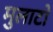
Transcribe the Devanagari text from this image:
मुलाटो